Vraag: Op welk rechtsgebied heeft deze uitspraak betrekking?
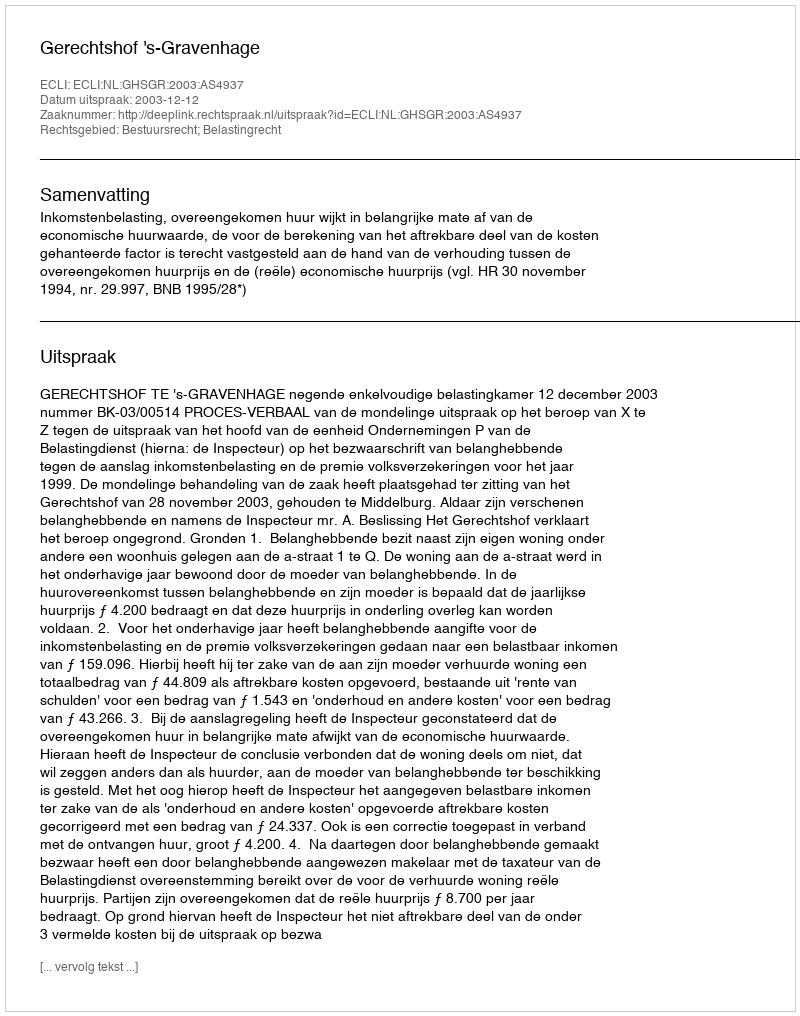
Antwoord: Bestuursrecht; Belastingrecht